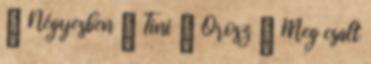
▪ Négyesben ▪ Tini ▪ Orosz ▪ Meg csalt